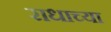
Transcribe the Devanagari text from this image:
राधाच्या